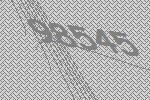
98545